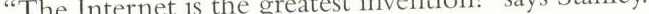
“The Internet is the greatest invention!" says Stanley.